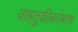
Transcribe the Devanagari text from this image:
वाहतुकीबरोबरच